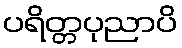
ပရိတ္တပုညာပိ